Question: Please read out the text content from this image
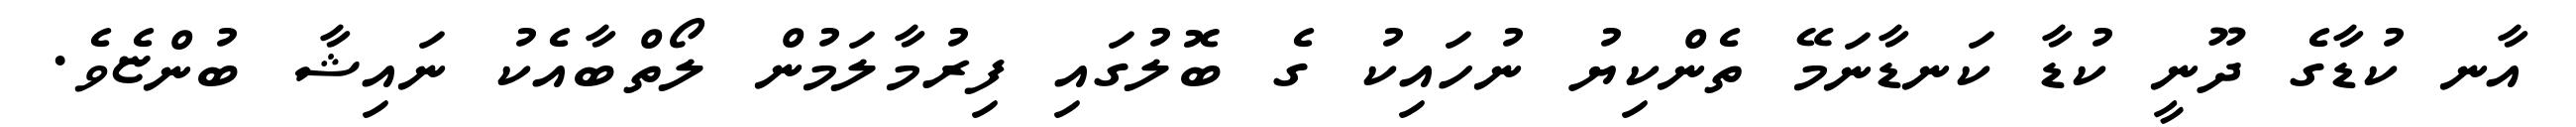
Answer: އާނ ކުޑާގެ ދޫނީ ކުޑާ ކަނޑާނަމޭ ތެންކިޔު ނުހައިކު ގެ ބޮލުގައި ފިރުމާލަމުން ލޯތްބާއެކު ނައިޝާ ބުންޏެވެ.